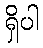
ရှိပါ